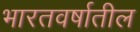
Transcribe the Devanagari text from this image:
भारतवर्षातील